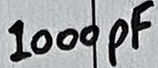
Text: 1000pF